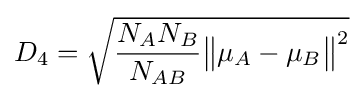
D_{4}={\sqrt {{\frac {N_{A}N_{B}}{N_{AB}}}{\big \|}\mu _{A}-\mu _{B}{\big \|}^{2}}}